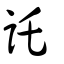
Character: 託